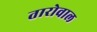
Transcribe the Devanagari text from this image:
तारोवाल